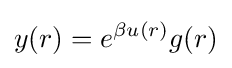
y(r)=e^{\beta u(r)}g(r)